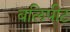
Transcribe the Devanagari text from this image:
बलिपीट